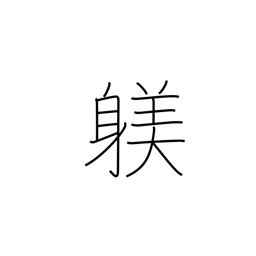
Meaning: training